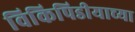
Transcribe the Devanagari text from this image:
विकिपिडीयाच्या